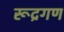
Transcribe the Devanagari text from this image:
रूद्रगण